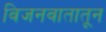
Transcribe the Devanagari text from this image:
विजनवातातून